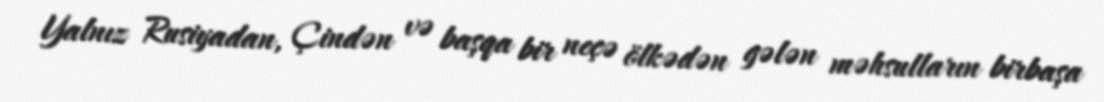
Yalnız Rusiyadan, Çindən və başqa bir neçə ölkədən gələn məhsulların birbaşa